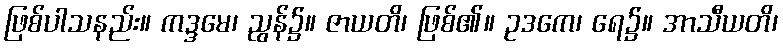
ဖြစ်ပါသနည်း။ ကဒ္ဒမေ၊ ညွန်၌။ ဇာယတိ၊ ဖြစ်၏။ ဥဒကေ၊ ရေ၌။ အာသီယတိ၊